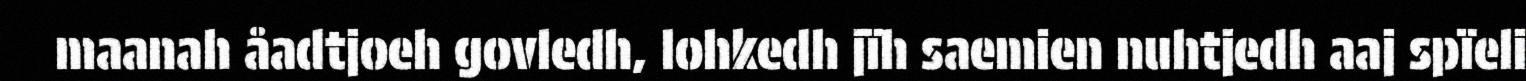
maanah åadtjoeh govledh, lohkedh jïh saemien nuhtjedh aaj spïeli